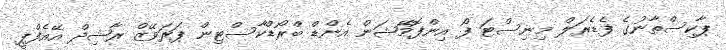
ޕާކިސްތާނުގެ ފެޑެރަލް މިނިސްޓަ ފޯ އިންފޮމޭޝަން އެންޑް ބްރޯޑްކާސްޓިން ޕަރަވޭޒް ރާޝިދް އޭއެފްޕީ